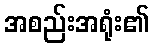
အစည်းအရုံး၏